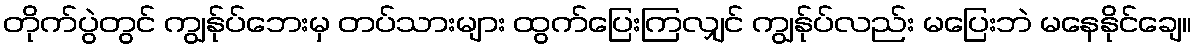
တိုက်ပွဲတွင် ကျွန်ုပ်ဘေးမှ တပ်သားများ ထွက်ပြေးကြလျှင် ကျွန်ုပ်လည်း မပြေးဘဲ မနေနိုင်ချေ။